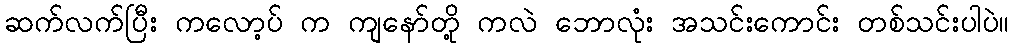
ဆက်လက်ပြီး ကလော့ပ် က ကျနော်တို့ ကလဲ ဘောလုံး အသင်းကောင်း တစ်သင်းပါပဲ။